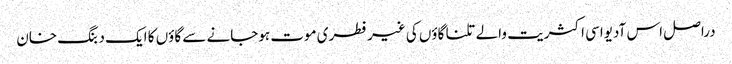
دراصل اس آدیواسی اکثریت والے تلنا گاؤں کی غیرفطری موت ہوجانے سے گاؤں کا ایک دبنگ خان